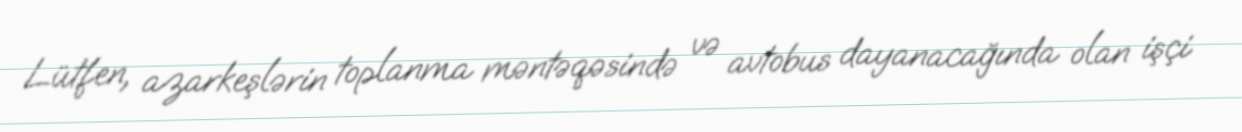
Lütfen, azarkeşlərin toplanma məntəqəsində və avtobus dayanacağında olan işçi